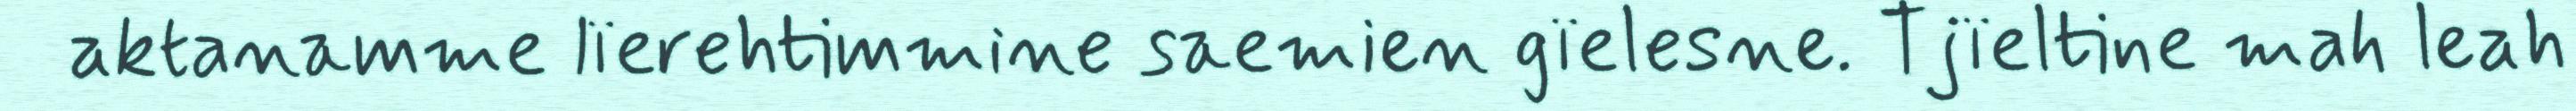
aktanamme lïerehtimmine saemien gïelesne. Tjïeltine mah leah